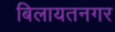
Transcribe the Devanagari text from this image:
बिलायतनगर